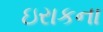
ઇરાકના